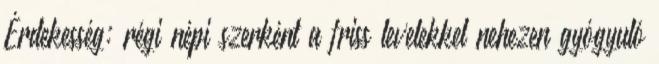
Érdekesség: régi népi szerként a friss levelekkel nehezen gyógyuló